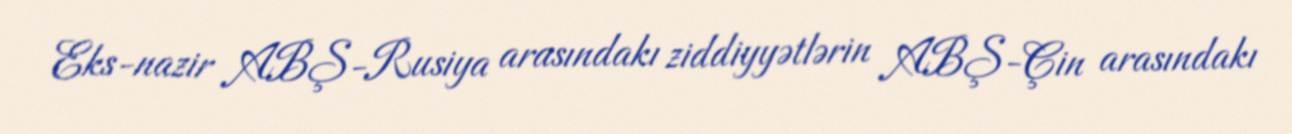
Eks-nazir ABŞ-Rusiya arasındakı ziddiyyətlərin ABŞ-Çin arasındakı